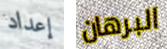
إعداد البرهان